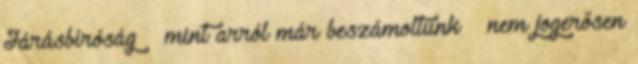
Járásbíróság – mint arról már beszámoltunk – nem jogerősen